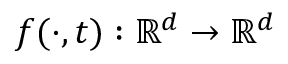
f ( \cdot , t ) : \mathbb { R } ^ { d } \to \mathbb { R } ^ { d }